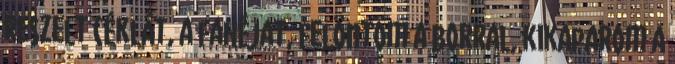
reszelt céklát, a fahéjat, felöntöm a borral, kikaparom a